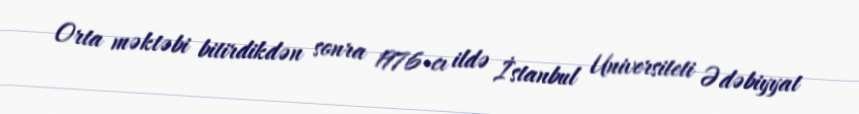
Orta məktəbi bitirdikdən sonra 1976-cı ildə İstanbul Universiteti Ədəbiyyat